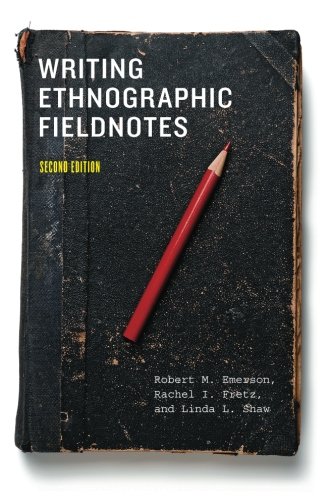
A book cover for Writing Ethnographic Fieldnotes, Second Edition (Chicago Guides to Writing, Editing, and Publishing); Robert M. Emerson; Science & Math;